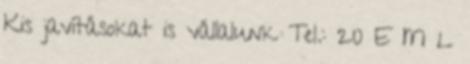
Kis javításokat is vállalunk Tel.: 20 E M L